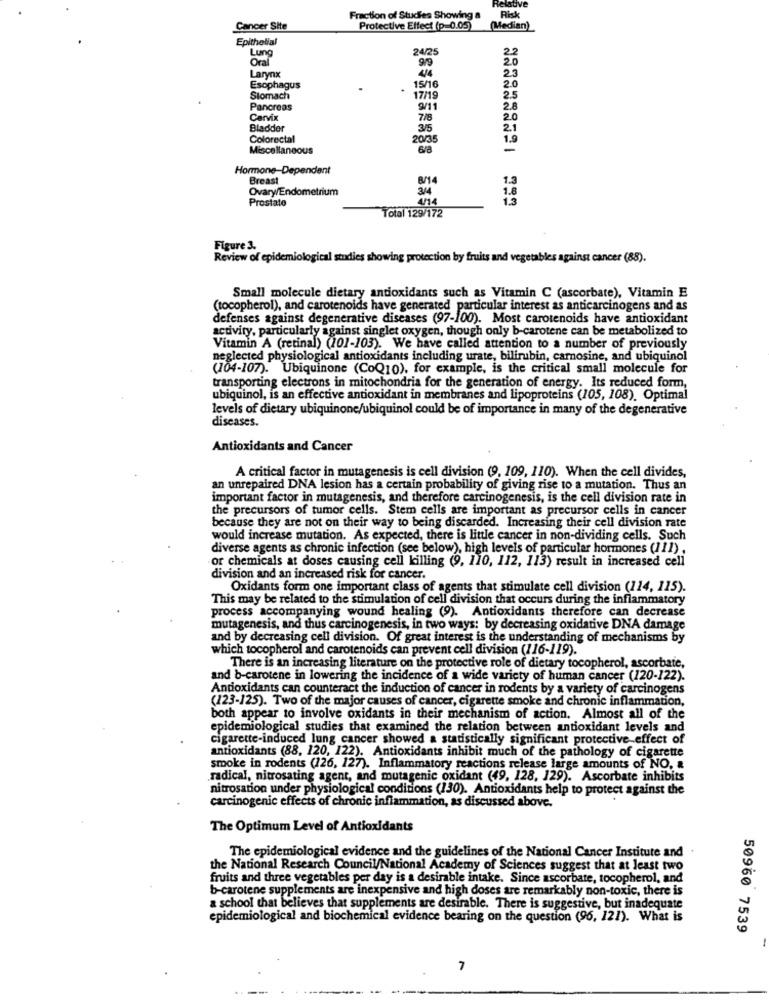
Relative
Fraction of Studies Showing a
Risk
Cancer Site
Protective Effect (p=0.05)
(Median)
Epithelial
Lung
24/25
9/9
20
Larynx
2.3
Esophagus
15/16
20
Stomach
17/19
2.5
Pancreas
9/11
2.8
Cervix
7/8
20
Bladder
3/5
2.1
Colorectal
20/35
1.9
Miscellaneous
-
Hormone-Dependent
Breast
8/14
1.3
Ovary/Endometrium
34
Prostato
4/14
Total 129/172
Figure 3.
Review of epidemiological studies showing protection by fruits and vegetables against cancer (88).
Small molecule dietary antioxidants such as Vitamin C (ascorbate), Vitamin E
(tocopherol), and carotenoids have generated particular interest as anticarcinogens and as
defenses against degenerative diseases (97-100). Most carotenoids have antioxidant
activity, particularly against singlet oxygen, though only b-carotene can be metabolized to
Vitamin A (retinal) (101-103). We have called attention to a number of previously
neglected physiological antioxidants including urate, bilirubin, carnosine, and ubiquinol
(104-107). Ubiquinone (CoQ10), for example, is the critical small molecule for
transporting electrons in mitochondria for the generation of energy. Its reduced form,
ubiquinol, is an effective antioxidant in membranes and lipoproteins (105, 108). Optimal
levels of dietary ubiquinone/ubiquinol could be of importance in many of the degenerative
diseases.
Antioxidants and Cancer
A critical factor in mutagenesis is cell division (9, 109, 110). When the cell divides,
an unrepaired DNA lesion has a certain probability of giving rise to a mutation. Thus an
important factor in mutagenesis, and therefore carcinogenesis, is the cell division rate in
the precursors of tumor cells. Stem cells are important as precursor cells in cancer
because they are not on their way to being discarded. Increasing their cell division rate
would increase mutation. As expected, there is little cancer in non-dividing cells. Such
diverse agents as chronic infection (see below), high levels of particular hormones (111) .
or chemicals at doses causing cell killing (9, 110, 112, 113) result in increased cell
division and an increased risk for cancer.
Oxidants form one important class of agents that stimulate cell division (114, 115).
This may be related to the stimulation of cell division that occurs during the inflammatory
process accompanying wound healing (9). Antioxidants therefore can decrease
mutagenesis, and thus carcinogenesis, in two ways: by decreasing oxidative DNA damage
and by decreasing cell division. Of great interest is the understanding of mechanisms by
which tocopherol and carotenoids can prevent cell division (116-119).
There is an increasing literature on the protective role of dietary tocopherol, ascorbate,
and b-carotene in lowering the incidence of a wide variety of human cancer (120-122).
Antioxidants can counteract the induction of cancer in rodents by a variety of carcinogens
(123-125). Two of the major causes of cancer, cigarette smoke and chronic inflammation,
both appear to involve oxidants in their mechanism of action, Almost all of the
epidemiological studies that examined the relation between antioxidant levels and
cigarette-induced lung cancer showed a statistically significant protective effect of
antioxidants (88, 120, 122). Antioxidants inhibit much of the pathology of cigarette
smoke in rodents (126, 127). Inflammatory reactions release large amounts of NO, &
radical, nitrosating agent, and mutagenic oxidant (49, 128, 129). Ascorbate inhibits
nitrosation under physiological conditions (130). Antioxidants help to protect against the
carcinogenic effects of chronic inflammation, as discussed above.
The Optimum Level of Antioxidants
The epidemiological evidence and the guidelines of the National Cancer Institute and
the National Research Council/National Academy of Sciences suggest that at least two
fruits and three vegetables per day is a desirable intake. Since ascorbate, tocopherol, and
b-carotene supplements are inexpensive and high doses are remarkably non-toxic, there is
a school that believes that supplements are desirable. There is suggestive, but inadequate
epidemiological and biochemical evidence bearing on the question (96, 121). What is
50960 7539
-
7